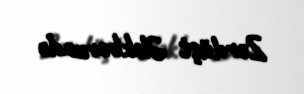
Zərdüşt Ələkbərzadə